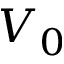
V _ { 0 }